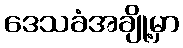
ဒေသခံအချို့မှာ